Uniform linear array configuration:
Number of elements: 8
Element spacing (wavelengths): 1
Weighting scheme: exponential
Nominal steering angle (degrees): -15
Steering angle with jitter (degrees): -15.829
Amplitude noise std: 0.05
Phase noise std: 0.05

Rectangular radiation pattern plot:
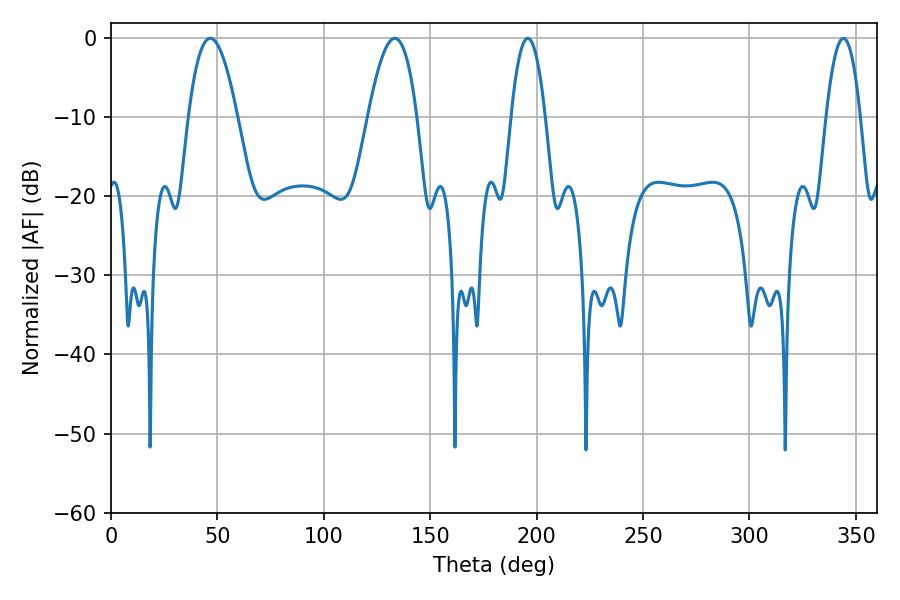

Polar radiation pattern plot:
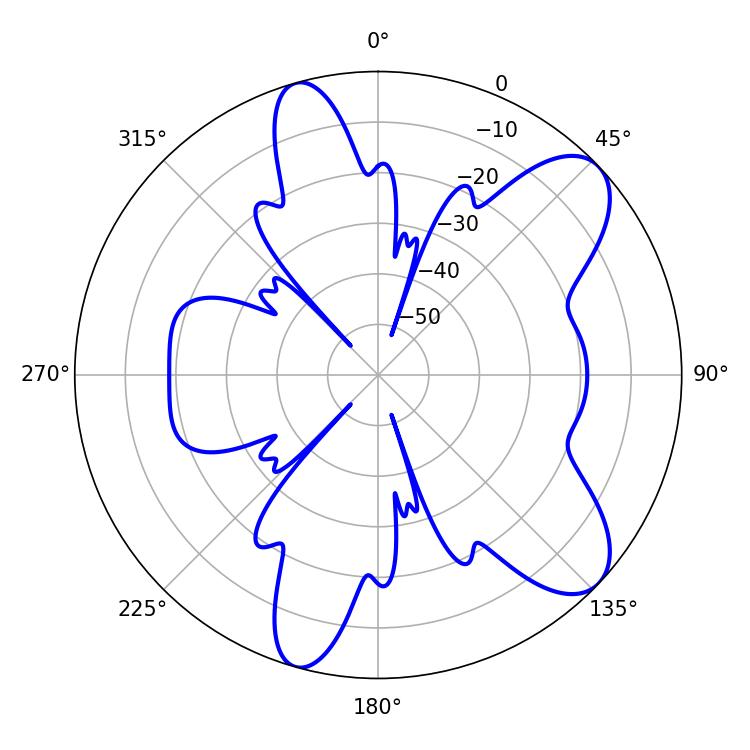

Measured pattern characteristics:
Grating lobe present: TRUE
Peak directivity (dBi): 8.946
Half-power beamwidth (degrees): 8.82
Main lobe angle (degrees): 195.84